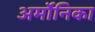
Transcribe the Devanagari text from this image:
अर्मोनिका